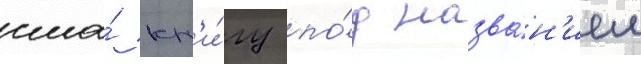
сша́ кн'и́гу по́д назва́н'ием